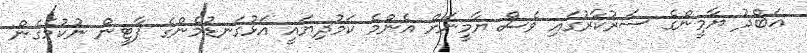
އަބްދު ޔާމީންގެ ސަރުކާރުގައި ވެސް ޔާމީނަށް އެންމެ ކަމުދިޔައީ އަޅުގަނޑުމެންގެ ޕާޓީން ނުކުމެގެން